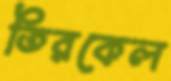
তিরকেল